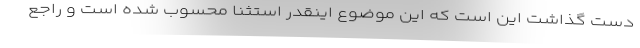
دست گذاشت این است که این موضوع اینقدر استثنا محسوب شده است و راجع